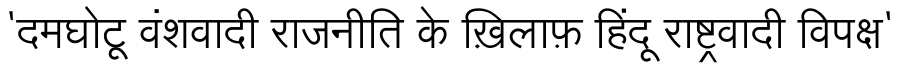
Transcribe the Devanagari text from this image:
'दमघोटू वंशवादी राजनीति के ख़िलाफ़ हिंदू राष्ट्रवादी विपक्ष'